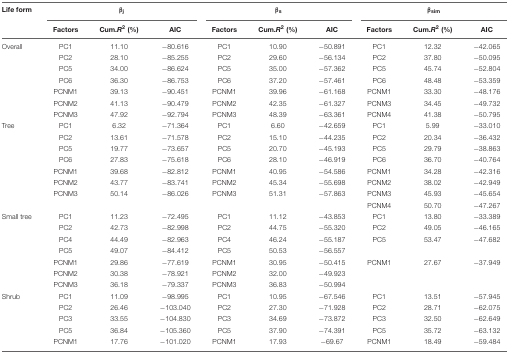
<table><thead><tr><td><b>Life form</b></td><td colspan="3"><b>β<sub>j</sub></b></td><td colspan="3"><b>β<sub>s</sub></b></td><td colspan="3"><b>β<sub>sim</sub></b></td></tr><tr><td></td><td><b>Factors</b></td><td><b>Cum.<i>R<sup>2</sup></i> (%)</b></td><td><b>AIC</b></td><td><b>Factors</b></td><td><b>Cum.<i>R<sup>2</sup></i> (%)</b></td><td><b>AIC</b></td><td><b>Factors</b></td><td><b>Cum.<i>R<sup>2</sup></i> (%)</b></td><td><b>AIC</b></td></tr></thead><tbody><tr><td>Overall</td><td>PC1</td><td>11.10</td><td>-80.616</td><td>PC1</td><td>10.90</td><td>-50.891</td><td>PC1</td><td>12.32</td><td>-42.065</td></tr><tr><td></td><td>PC2</td><td>28.10</td><td>-85.255</td><td>PC2</td><td>29.60</td><td>-56.134</td><td>PC2</td><td>37.80</td><td>-50.095</td></tr><tr><td></td><td>PC5</td><td>34.00</td><td>-86.624</td><td>PC5</td><td>35.00</td><td>-57.362</td><td>PC5</td><td>45.74</td><td>-52.804</td></tr><tr><td></td><td>PC6</td><td>36.30</td><td>-86.753</td><td>PC6</td><td>37.20</td><td>-57.461</td><td>PC6</td><td>48.48</td><td>-53.359</td></tr><tr><td></td><td>PCNM1</td><td>39.13</td><td>-90.451</td><td>PCNM1</td><td>39.96</td><td>-61.168</td><td>PCNM1</td><td>33.30</td><td>-48.176</td></tr><tr><td></td><td>PCNM2</td><td>41.13</td><td>-90.479</td><td>PCNM2</td><td>42.35</td><td>-61.327</td><td>PCNM3</td><td>34.45</td><td>-49.732</td></tr><tr><td></td><td>PCNM3</td><td>47.92</td><td>-92.794</td><td>PCNM3</td><td>48.39</td><td>-63.361</td><td>PCNM4</td><td>41.38</td><td>-50.795</td></tr><tr><td>Tree</td><td>PC1</td><td>6.32</td><td>-71.364</td><td>PC1</td><td>6.60</td><td>-42.659</td><td>PC1</td><td>5.99</td><td>-33.010</td></tr><tr><td></td><td>PC2</td><td>13.61</td><td>-71.578</td><td>PC2</td><td>15.10</td><td>-44.235</td><td>PC2</td><td>20.34</td><td>-36.432</td></tr><tr><td></td><td>PC5</td><td>19.77</td><td>-73.657</td><td>PC5</td><td>20.70</td><td>-45.193</td><td>PC5</td><td>29.79</td><td>-38.863</td></tr><tr><td></td><td>PC6</td><td>27.83</td><td>-75.618</td><td>PC6</td><td>28.10</td><td>-46.919</td><td>PC6</td><td>36.70</td><td>-40.764</td></tr><tr><td></td><td>PCNM1</td><td>39.68</td><td>-82.812</td><td>PCNM1</td><td>40.95</td><td>-54.586</td><td>PCNM1</td><td>34.28</td><td>-42.316</td></tr><tr><td></td><td>PCNM2</td><td>43.77</td><td>-83.741</td><td>PCNM2</td><td>45.34</td><td>-55.698</td><td>PCNM2</td><td>38.02</td><td>-42.949</td></tr><tr><td></td><td>PCNM3</td><td>50.14</td><td>-86.026</td><td>PCNM3</td><td>51.31</td><td>-57.863</td><td>PCNM3</td><td>45.93</td><td>-45.654</td></tr><tr><td></td><td></td><td></td><td></td><td></td><td></td><td></td><td>PCNM4</td><td>50.70</td><td>-47.267</td></tr><tr><td>Small tree</td><td>PC1</td><td>11.23</td><td>-72.495</td><td>PC1</td><td>11.12</td><td>-43.853</td><td>PC1</td><td>13.80</td><td>-33.389</td></tr><tr><td></td><td>PC2</td><td>42.73</td><td>-82.998</td><td>PC2</td><td>44.75</td><td>-55.320</td><td>PC2</td><td>49.05</td><td>-46.165</td></tr><tr><td></td><td>PC4</td><td>44.49</td><td>-82.963</td><td>PC4</td><td>46.24</td><td>-55.187</td><td>PC5</td><td>53.47</td><td>-47.682</td></tr><tr><td></td><td>PC5</td><td>49.07</td><td>-84.412</td><td>PC5</td><td>50.53</td><td>-56.557</td><td></td><td></td><td></td></tr><tr><td></td><td>PCNM1</td><td>29.86</td><td>-77.619</td><td>PCNM1</td><td>30.95</td><td>-50.415</td><td>PCNM1</td><td>27.67</td><td>-37.949</td></tr><tr><td></td><td>PCNM2</td><td>30.38</td><td>-78.921</td><td>PCNM2</td><td>32.00</td><td>-49.923</td><td></td><td></td><td></td></tr><tr><td></td><td>PCNM3</td><td>36.18</td><td>-79.337</td><td>PCNM3</td><td>36.83</td><td>-50.994</td><td></td><td></td><td></td></tr><tr><td>Shrub</td><td>PC1</td><td>11.09</td><td>-98.995</td><td>PC1</td><td>10.95</td><td>-67.546</td><td>PC1</td><td>13.51</td><td>-57.945</td></tr><tr><td></td><td>PC2</td><td>26.46</td><td>-103.040</td><td>PC2</td><td>27.30</td><td>-71.928</td><td>PC2</td><td>28.71</td><td>-62.075</td></tr><tr><td></td><td>PC3</td><td>33.55</td><td>-104.830</td><td>PC3</td><td>34.69</td><td>-73.872</td><td>PC3</td><td>32.50</td><td>-62.649</td></tr><tr><td></td><td>PC5</td><td>36.84</td><td>-105.360</td><td>PC5</td><td>37.90</td><td>-74.391</td><td>PC5</td><td>35.72</td><td>-63.132</td></tr><tr><td></td><td>PCNM1</td><td>17.76</td><td>-101.020</td><td>PCNM1</td><td>17.93</td><td>-69.67</td><td>PCNM1</td><td>18.49</td><td>-59.484</td></tr></tbody></table>